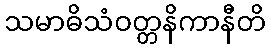
သမာဓိသံဝတ္တနိကာနီတိ